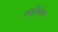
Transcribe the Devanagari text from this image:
सर्वार्थवाद